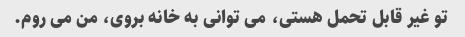
تو غیر قابل تحمل هستی، می توانی به خانه بروی، من می روم.